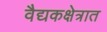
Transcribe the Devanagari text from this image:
वैद्यकक्षेत्रात